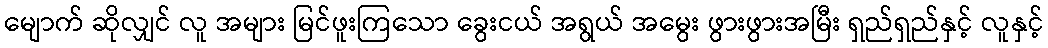
မျောက် ဆိုလျှင် လူ အများ မြင်ဖူးကြသော ခွေးငယ် အရွယ် အမွေး ဖွားဖွားအမြီး ရှည်ရှည်နှင့် လူနှင့်